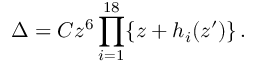
\Delta = C z ^ { 6 } \prod _ { i = 1 } ^ { 1 8 } \{ z + h _ { i } ( z ^ { \prime } ) \} \, .